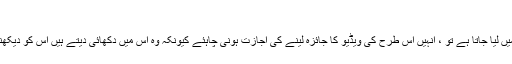
عوامی اعداد و شمار تک رسائی
جب بھی کسی فرد کو کسی خاص ویڈیو فوٹیج میں گرفت میں لیا جاتا ہے تو ، انہیں اس طرح کی ویڈیو کا جائزہ لینے کی اجازت ہونی چاہئے کیونکہ وہ اس میں دکھائی دیتے ہیں اس کو دیکھنے کا بھی انہیں مکمل جائزہ ہے اور اس کا جائزہ بھی لیں۔